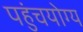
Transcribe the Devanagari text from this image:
पहुंचयोग्य